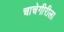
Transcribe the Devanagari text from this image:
चाचेगीरीला